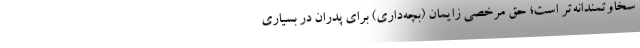
سخاوتمندانه‌تر است؛ حق مرخصی زایمان (بچه‌داری) برای پدران در بسیاری